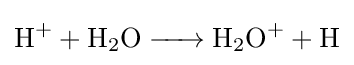
{\ce {H+ + H2O -> H2O+ + H}}